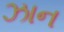
ઝાન